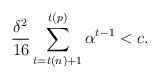
LaTeX: \begin{align*}\frac{\delta^2}{16}\sum_{t=t(n)+1}^{t(p)}\alpha^{t-1}< c.\end{align*}